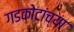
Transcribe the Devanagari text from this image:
गडकोटांच्या